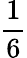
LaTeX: \frac 16